Annual report on the working of the lock hospitals in the Central Provinces
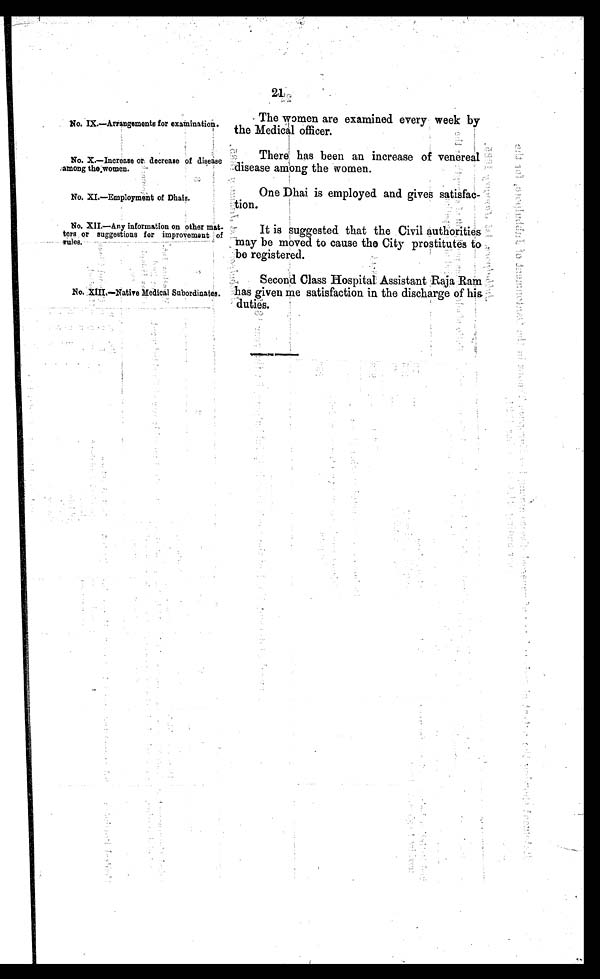
There has been an increase of venereal
disease among the women.
No. XI.—Employment of Dhais.
One Dhai is employed and gives satisfac-
tion.
No. XII.—Any information on other mat-
ters or suggestions for improvement of rules.
No. IX.—Arrangements for examination.
The women are examined every week by
the Medical officer.
No. X.—Increase or decrease of disease
among thewomen.
It is suggested that the Civil authorities
may be moved to cause the City prostitutes to
be registered.
No..XIII.—Native Medical Subordinates.
Second Class Hospital Assistant Raja Bain
has given me satisfaction in the discharge of his
duties.